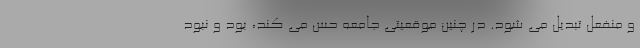
و منفعل تبدیل می شود. در چنین موقعیتی جامعه حس می کند، بود و نبود